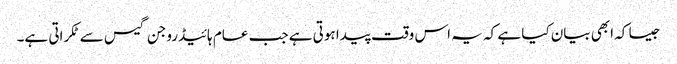
جیسا کہ ابھی بیان کیا ہے کہ یہ اس وقت پیدا ہوتی ہے جب عام ہائیڈروجن گیس سے ٹکراتی ہے۔